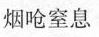
烟呛窒息